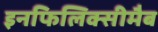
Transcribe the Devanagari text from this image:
इनफिलिक्सीमैब